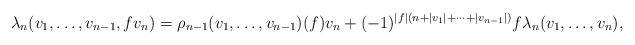
LaTeX: \begin{align*} \lambda_n(v_1,\ldots,v_{n-1},fv_n) = \rho_{n-1}(v_1,\ldots,v_{n-1})(f)v_n + (-1)^{|f|(n+|v_1|+\cdots+|v_{n-1}|)}f\lambda_n(v_1,\ldots,v_n), \end{align*}